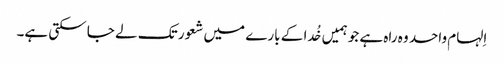
اِلہام واحد وہ راہ ہے جو ہمیں خُدا کے بارے میں شعور تک لے جا سکتی ہے۔